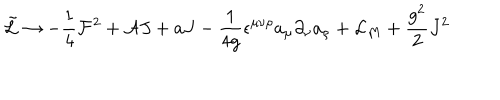
\tilde { { \cal L } } \rightarrow - \frac { 1 } { 4 } { \cal F } ^ { 2 } + { \cal A } J + a J - \frac { 1 } { 4 g } \epsilon ^ { \mu \nu \rho } a _ { \mu } \partial _ { \nu } a _ { \rho } + { \cal L } _ { M } + \frac { g ^ { 2 } } { 2 } J ^ { 2 }